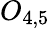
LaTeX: O_{4,5}